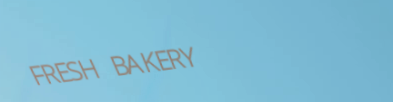
FRESH BAKERY